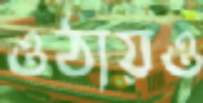
ওঠায়ও